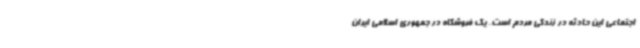
اجتماعی این حادثه در زندگی مردم است. یک فروشگاه در جمهوری اسلامی ایران